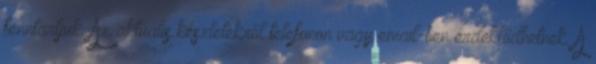
fenntartjuk. Az aktuális készletekről telefonon vagy email-ben érdeklődhetnek. A